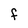
Character: F